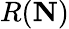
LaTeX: R({\mathbf N})